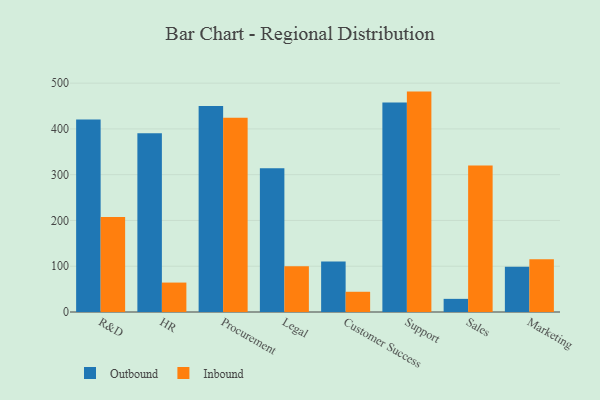
{"axis": {"x": "Department", "y": "Page Views"}, "legend": ["Inbound", "Outbound"], "data": [{"x": "R&D", "y": 420.4, "type": "Outbound"}, {"x": "R&D", "y": 207.4, "type": "Inbound"}, {"x": "HR", "y": 390.6, "type": "Outbound"}, {"x": "HR", "y": 64.3, "type": "Inbound"}, {"x": "Procurement", "y": 450.1, "type": "Outbound"}, {"x": "Procurement", "y": 424.5, "type": "Inbound"}, {"x": "Legal", "y": 314.0, "type": "Outbound"}, {"x": "Legal", "y": 99.9, "type": "Inbound"}, {"x": "Customer Success", "y": 110.2, "type": "Outbound"}, {"x": "Customer Success", "y": 44.2, "type": "Inbound"}, {"x": "Support", "y": 457.6, "type": "Outbound"}, {"x": "Support", "y": 481.5, "type": "Inbound"}, {"x": "Sales", "y": 28.7, "type": "Outbound"}, {"x": "Sales", "y": 320.0, "type": "Inbound"}, {"x": "Marketing", "y": 98.8, "type": "Outbound"}, {"x": "Marketing", "y": 115.1, "type": "Inbound"}]}